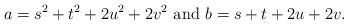
LaTeX: \begin{align*}a=s^2+t^2+2u^2+2v^2\ \mbox{and}\ b=s+t+2u+2v.\end{align*}